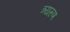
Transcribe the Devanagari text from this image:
त्र्यरुण